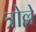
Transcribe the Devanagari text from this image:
त्रोल्ले